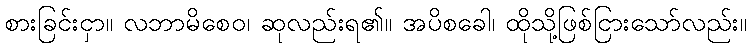
စားခြင်းငှာ။ လဘာမိစေဝ၊ ဆုလည်းရ၏။ အပိစခေါ၊ ထိုသို့ဖြစ်ငြားသော်လည်း။